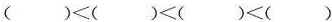
$$( ) < ( ) < ( ) < ( )$$